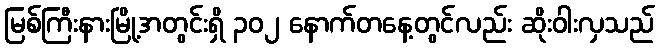
မြစ်ကြီးနားမြို့အတွင်းရှိ ၃၀၂ နောက်တနေ့တွင်လည်း ဆိုးဝါးလှသည်